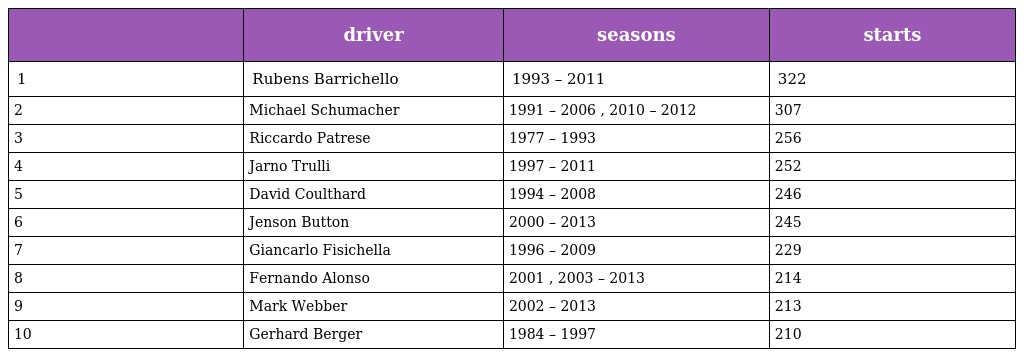
|  | driver | seasons | starts |
 | --- | --- | --- | --- |
 | 1 | Rubens Barrichello | 1993 – 2011 | 322 |
 | 2 | Michael Schumacher | 1991 – 2006 , 2010 – 2012 | 307 |
 | 3 | Riccardo Patrese | 1977 – 1993 | 256 |
 | 4 | Jarno Trulli | 1997 – 2011 | 252 |
 | 5 | David Coulthard | 1994 – 2008 | 246 |
 | 6 | Jenson Button | 2000 – 2013 | 245 |
 | 7 | Giancarlo Fisichella | 1996 – 2009 | 229 |
 | 8 | Fernando Alonso | 2001 , 2003 – 2013 | 214 |
 | 9 | Mark Webber | 2002 – 2013 | 213 |
 | 10 | Gerhard Berger | 1984 – 1997 | 210 |